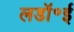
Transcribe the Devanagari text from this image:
लडॉ॰ई